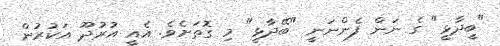
"ބީދާޅީ" ގެ ނަން ފެންނަނީ "ބޭދާޅީ" މި ގޮތަށެވެ. އެއީ އުރުދޫ އަކުރުން